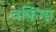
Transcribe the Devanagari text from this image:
वफ़िंग्स